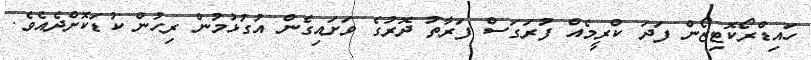
ހައިޑްރޯކޮޓިޒޯން ފަދަ ކްރީމެއް ފުރަގަސް ފަރާތު ދޮރުގެ ވަށައިގެން އުގުޅުމުން ރިހުން ކުޑަކޮށްދެއެވެ.